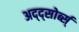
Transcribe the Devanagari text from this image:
अद्द्सोर्ब्स्